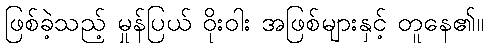
ဖြစ်ခဲ့သည့် မှုန်ပြယ် ဝိုးဝါး အဖြစ်များနှင့် တူနေ၏။